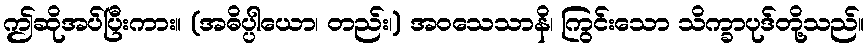
ဤဆိုအပ်ပြီးကား။ (အဓိပ္ပါယော၊ တည်း၊) အဝသေသာနိ၊ ကြွင်းသော သိက္ခာပုဒ်တို့သည်။